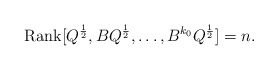
\begin{align*}\textrm{Rank}[Q^{\frac{1}{2}},BQ^{\frac{1}{2}},\dots, B^{k_0}Q^{\frac{1}{2}}]=n.\end{align*}